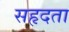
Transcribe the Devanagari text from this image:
सहृदता